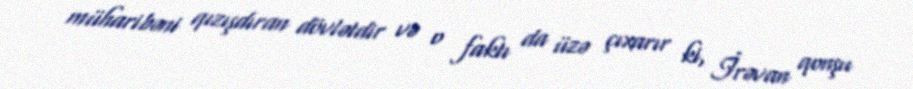
müharibəni qızışdıran dövlətdir və o faktı da üzə çıxarır ki, İrəvan qonşu